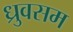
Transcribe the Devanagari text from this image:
ध्रुवसम